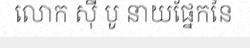
លោក ស៊ី បូ នាយផ្នែកនៃ